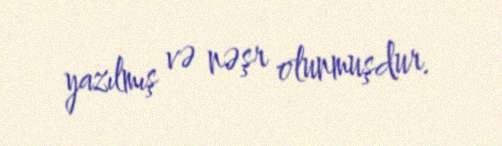
yazılmış və nəşr olunmuşdur.